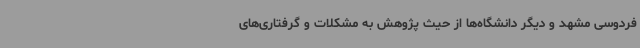
فردوسی مشهد و دیگر دانشگاه‌ها از حیث پژوهش به مشکلات و گرفتاری‌های